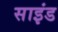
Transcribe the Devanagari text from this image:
साइंड